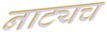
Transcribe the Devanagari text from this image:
नाट्यच